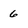
Character: 6